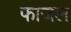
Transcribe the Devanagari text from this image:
फाजल